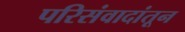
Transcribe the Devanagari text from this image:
परिसंवादांतून